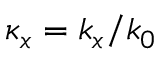
\kappa _ { x } = k _ { x } / k _ { 0 }